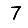
Digit: 7